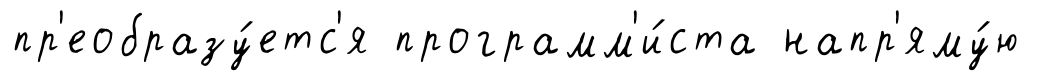
пр'еобразу́етс'я программ'и́ста напр'яму́ю